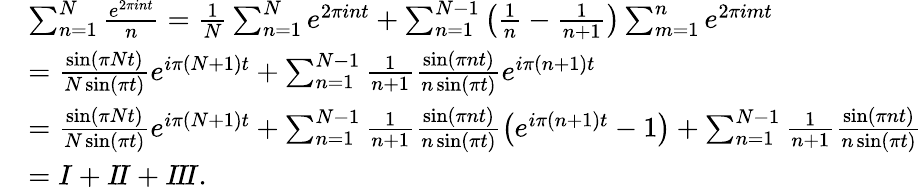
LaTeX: \begin{array}{rl}&{\sum_{n=1}^{N}\frac{e^{2\pi int}}{n}=\frac{1}{N}\sum_{n=1}^{N}e^{2\pi int}+\sum_{n=1}^{N-1}\left(\frac{1}{n}-\frac{1}{n+1}\right)\sum_{m=1}^{n}e^{2\pi imt}}\\ &{=\frac{\sin\left(\pi Nt\right)}{N\sin\left(\pi t\right)}e^{i\pi(N+1)t}+\sum_{n=1}^{N-1}\frac{1}{n+1}\frac{\sin\left(\pi nt\right)}{n\sin\left(\pi t\right)}e^{i\pi(n+1)t}}\\ &{=\frac{\sin\left(\pi Nt\right)}{N\sin\left(\pi t\right)}e^{i\pi(N+1)t}+\sum_{n=1}^{N-1}\frac{1}{n+1}\frac{\sin\left(\pi nt\right)}{n\sin\left(\pi t\right)}\left(e^{i\pi(n+1)t}-1\right)+\sum_{n=1}^{N-1}\frac{1}{n+1}\frac{\sin\left(\pi nt\right)}{n\sin\left(\pi t\right)}}\\ &{=I+I\! I+I\! I\! I.}\end{array}